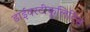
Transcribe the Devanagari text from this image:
डाईवरटीकुलिटिस